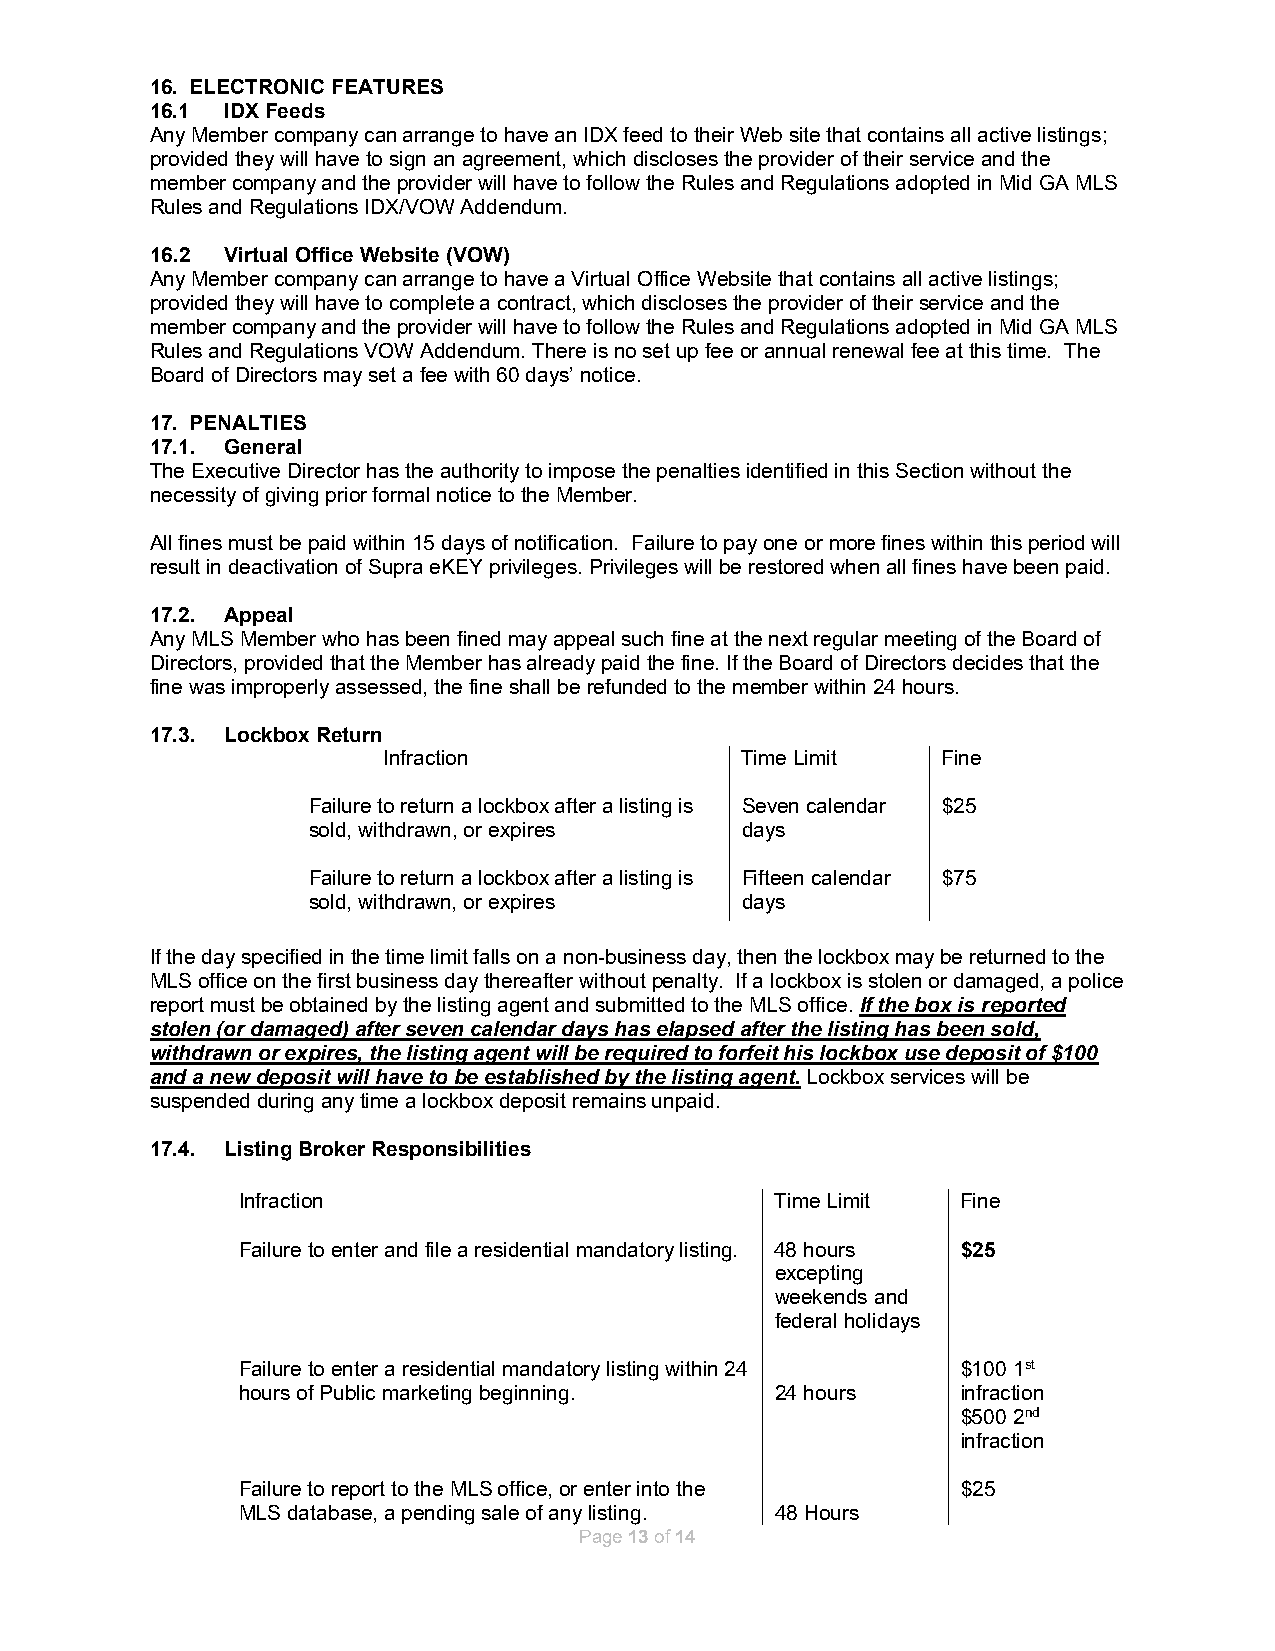
16. ELECTRONIC FEATURES
 16.1 IDX Feeds
 Any Member company can arrange to have an IDX feed to their Web site that contains all active listings;
 provided they will have to sign an agreement, which discloses the provider of their service and the
 member company and the provider will have to follow the Rules and Regulations adopted in Mid GA MLS
 Rules and Regulations IDX/VOW Addendum.
 16.2 Virtual Office Website (VOW)
 Any Member company can arrange to have a Virtual Office Website that contains all active listings;
 provided they will have to complete a contract, which discloses the provider of their service and the
 member company and the provider will have to follow the Rules and Regulations adopted in Mid GA MLS
 Rules and Regulations VOW Addendum. There is no set up fee or annual renewal fee at this time. The
 Board of Directors may set a fee with 60 days’ notice.
 17. PENALTIES
 17.1. General
 The Executive Director has the authority to impose the penalties identified in this Section without the
 necessity of giving prior formal notice to the Member.
 All fines must be paid within 15 days of notification. Failure to pay one or more fines within this period will
 result in deactivation of Supra eKEY privileges. Privileges will be restored when all fines have been paid.
 17.2. Appeal
 Any MLS Member who has been fined may appeal such fine at the next regular meeting of the Board of
 Directors, provided that the Member has already paid the fine. If the Board of Directors decides that the
 fine was improperly assessed, the fine shall be refunded to the member within 24 hours.
 17.3. Lockbox Return
 Infraction              Time Limit   Fine
 Failure to return a lockbox after a listing is Seven calendar $25
 sold, withdrawn, or expires  days
 Failure to return a lockbox after a listing is Fifteen calendar $75
 sold, withdrawn, or expires  days
 If the day specified in the time limit falls on a non-business day, then the lockbox may be returned to the
 MLS office on the first business day thereafter without penalty. If a lockbox is stolen or damaged, a police
 report must be obtained by the listing agent and submitted to the MLS office. If the box is reported
 stolen (or damaged) after seven calendar days has elapsed after the listing has been sold,
 withdrawn or expires, the listing agent will be required to forfeit his lockbox use deposit of $100
 and a new deposit will have to be established by the listing agent. Lockbox services will be
 suspended during any time a lockbox deposit remains unpaid.
 17.4. Listing Broker Responsibilities
 Infraction                         Time Limit   Fine
 Failure to enter and file a residential mandatory listing. 48 hours $25
 excepting
 weekends and
 federal holidays
 Failure to enter a residential mandatory listing within 24 $100 1st
 hours of Public marketing beginning. 24 hours   infraction
 $500 2nd
 infraction
 Failure to report to the MLS office, or enter into the $25
 MLS database, a pending sale of any listing. 48 Hours
 Page 13 of 14